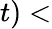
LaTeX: t)<